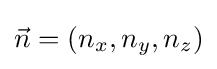
{\vec {n}}=(n_{x},n_{y},n_{z})